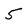
Character: 5